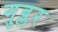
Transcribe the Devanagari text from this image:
गुब्लर